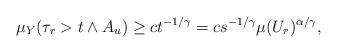
LaTeX: \begin{align*}\mu_Y(\tau_r > t \wedge A_u) \ge c t^{-1/\gamma} = c s^{-1/\gamma} \mu(U_r)^{\alpha/\gamma},\end{align*}